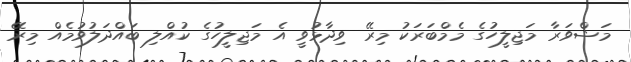
މަޝްވަރާ މަޖިލީހުގެ މެމްބަރަކު މިރޭ ވިދާޅުވީ އެ މަޖިލީހުގެ ކުއްލި ބައްދަލުވުމެއް މިރޭ